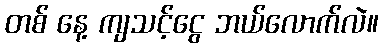
တစ် နေ့ ကျသင့်ငွေ ဘယ်လောက်လဲ။